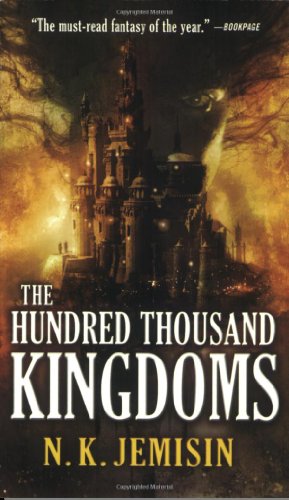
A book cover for The Hundred Thousand Kingdoms (The Inheritance Trilogy); N. K. Jemisin; Romance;